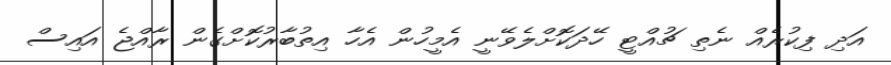
އަދި ފިކުރެއް ނެތި ޗުއްޓީ ހޭދަކޮށްލެވޭނީ އެމީހުން އެހާ އިތުބާރުކޮށްގެން ރާއްޖެ އައިސް